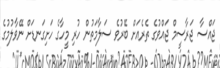
ޖައްސާ ޖަރާސީމް ޖައްވުގެ ތެރެއަށް ބޭރުވެ ސަލާމަތުން ހުރި މީހާގެ ހަށިގަނޑަށް ނޭވާލުމުގެ